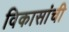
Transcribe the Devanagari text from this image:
विकासांची